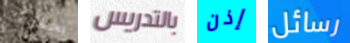
بحقيقة بالتدريس إذن رسائل